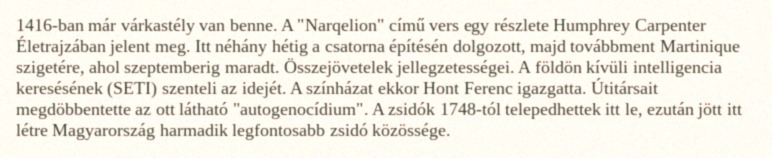
1416-ban már várkastély van benne. A "Narqelion" című vers egy részlete Humphrey Carpenter Életrajzában jelent meg. Itt néhány hétig a csatorna építésén dolgozott, majd továbbment Martinique szigetére, ahol szeptemberig maradt. Összejövetelek jellegzetességei. A földön kívüli intelligencia keresésének (SETI) szenteli az idejét. A színházat ekkor Hont Ferenc igazgatta. Útitársait megdöbbentette az ott látható "autogenocídium". A zsidók 1748-tól telepedhettek itt le, ezután jött itt létre Magyarország harmadik legfontosabb zsidó közössége.